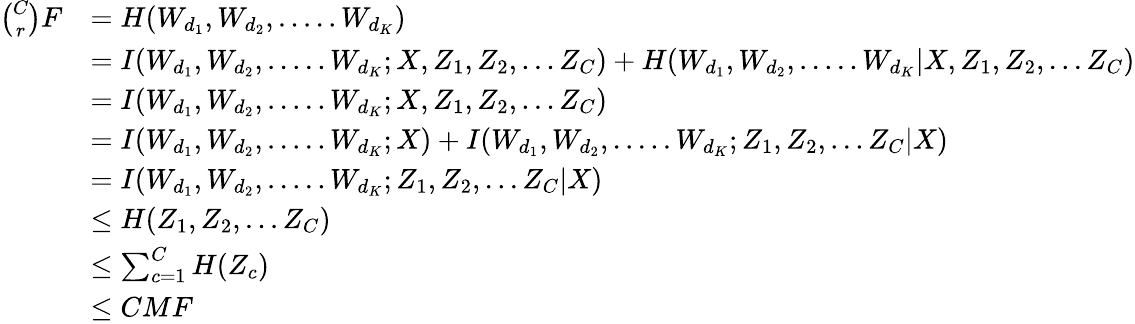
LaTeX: \begin{array}{rl}{\binom{C}{r}F}&{=H(W_{d_{1}},W_{d_{2}},.....W_{d_{K}})}\\ &{=I(W_{d_{1}},W_{d_{2}},.....W_{d_{K}};X,Z_{1},Z_{2},...Z_{C})+H(W_{d_{1}},W_{d_{2}},.....W_{d_{K}}|X,Z_{1},Z_{2},...Z_{C})}\\ &{=I(W_{d_{1}},W_{d_{2}},.....W_{d_{K}};X,Z_{1},Z_{2},...Z_{C})}\\ &{=I(W_{d_{1}},W_{d_{2}},.....W_{d_{K}};X)+I(W_{d_{1}},W_{d_{2}},.....W_{d_{K}};Z_{1},Z_{2},...Z_{C}|X)}\\ &{=I(W_{d_{1}},W_{d_{2}},.....W_{d_{K}};Z_{1},Z_{2},...Z_{C}|X)}\\ &{\leq H(Z_{1},Z_{2},...Z_{C})}\\ &{\leq\sum_{c=1}^{C}H(Z_{c})}\\ &{\leq CMF}\end{array}